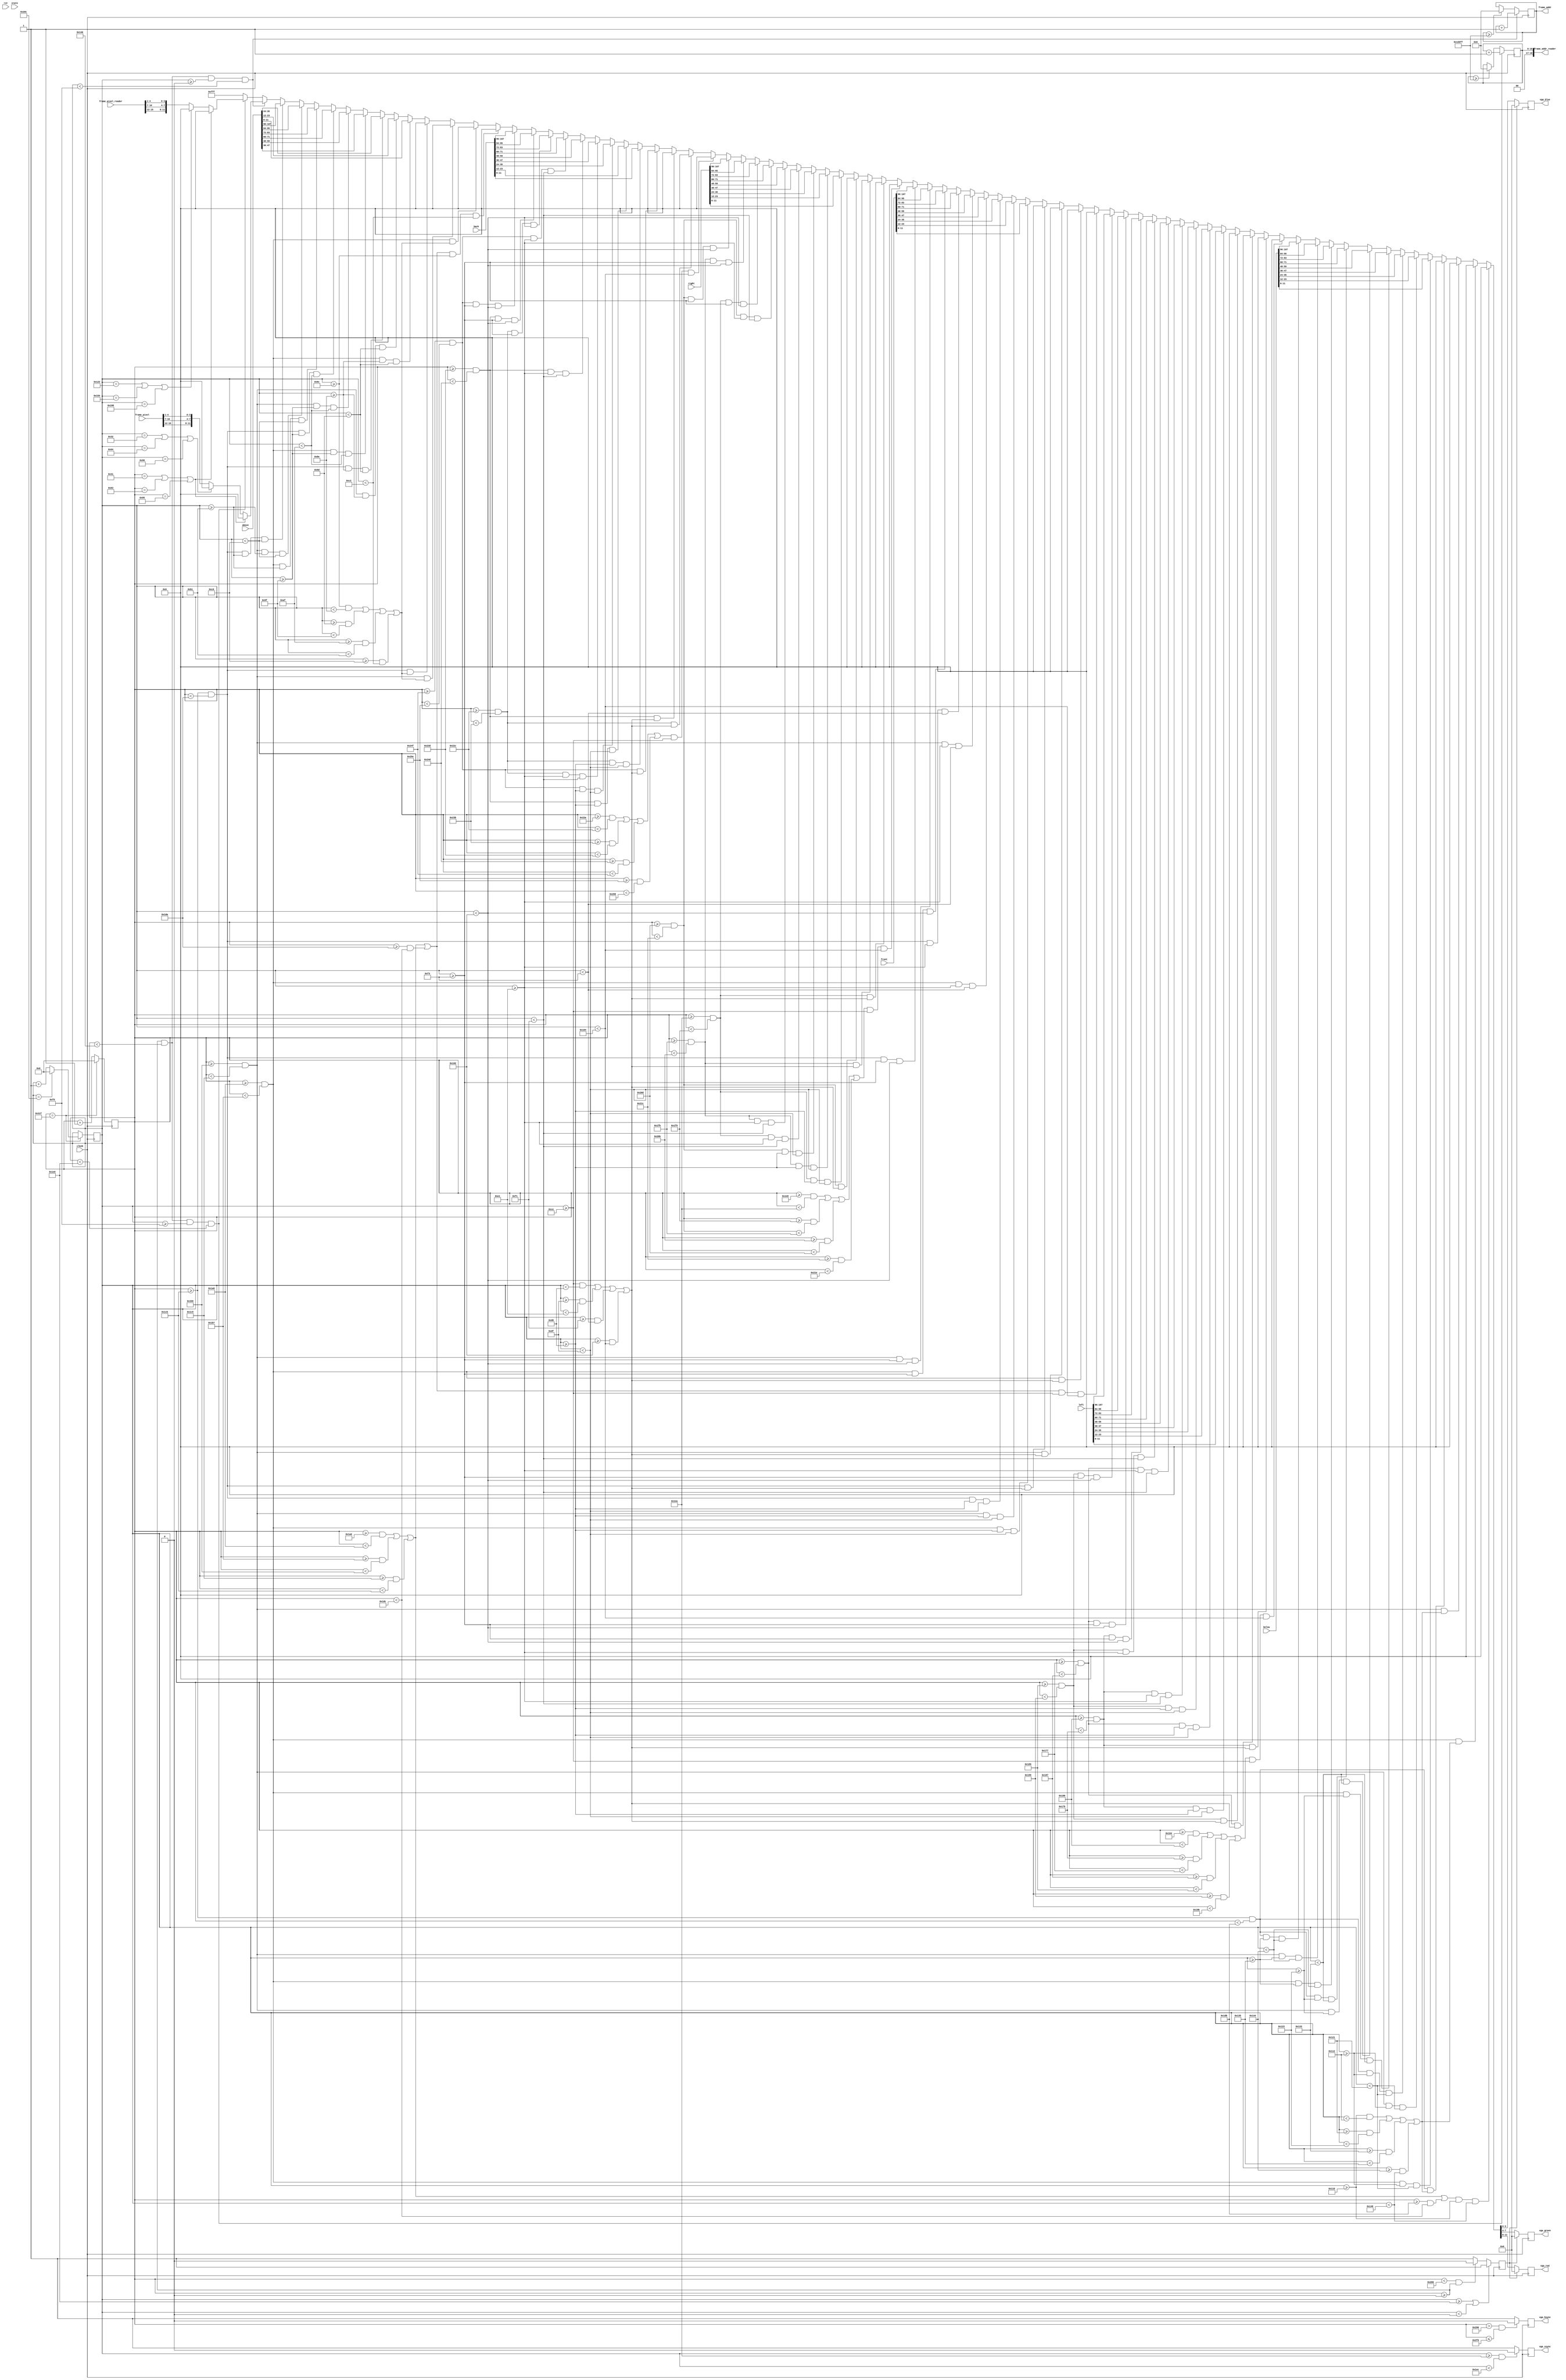
`timescale 1ns / 1ps
 /* 
    Copyright (C) 2018 Tongtong, github IdlessChaya

    This program is free software; you can redistribute it and/or modify
    it under the terms of the GNU General Public License as published by
    the Free Software Foundation; either version 2 of the License, or
    (at your option) any later version.

    This program is distributed in the hope that it will be useful,
    but WITHOUT ANY WARRANTY; without even the implied warranty of
    MERCHANTABILITY or FITNESS FOR A PARTICULAR PURPOSE.  See the
    GNU General Public License for more details.

    You should have received a copy of the GNU General Public License along
    with this program; if not, write to the Free Software Foundation, Inc.,
    51 Franklin Street, Fifth Floor, Boston, MA 02110-1301 USA.
*/

module vga_cube(
input clk25,
input rst,
input [107:0]front,
input [107:0]left,
input [107:0]right,
input [107:0]back,
input [107:0]above,
input [107:0]below,
input [4:0] state,
output reg[3:0] vga_red,
output reg[3:0] vga_green,
output reg[3:0] vga_blue,
output reg vga_hsync,
output reg vga_vsync,
output [16:0] frame_addr,
input [15:0] frame_pixel,
output[18:0] frame_addr_reader,
input[15:0] frame_pixel_reader
    );
    //Timing constants
    localparam pixel_dis = 50;
      parameter hRez   = 640;
      parameter hStartSync   = 640+16;
      parameter hEndSync     = 640+16+96;
      parameter hMaxCount    = 640+16+96+48;
    
      parameter vRez         = 480;
      parameter vStartSync   = 480+10;
      parameter vEndSync     = 480+10+2;
      parameter vMaxCount    = 480+10+2+33;
    
    parameter hsync_active   =0;
    parameter vsync_active  = 0;
    reg[9:0] hCounter;
    reg[9:0] vCounter;  
    reg [10:0]i;
    reg [10:0]j;
    reg [10:0]a;  
    reg blank;
    reg [255:0]mo;
    reg [255:0]fang;
    reg [255:0]fu;
    reg [255:0]yuan;
    reg [255:0]jiao;
    reg [255:0]xue;
    reg [255:0]xi;
    reg [255:0]tong;
    reg [255:0]lian;
    reg [255:0]xu;
    reg [255:0]bu;
    reg [255:0]jin;
    reg [255:0]xian;
    reg [255:0]shi;
   initial   hCounter = 10'b0;
   initial   vCounter = 10'b0;  
   initial   blank = 1'b1;    
   initial   mo   = 256'H0084_3FFE_2220_3FFC_2630_2B6E_32A4_2FF8_2888_2FF8_2888_2FF8_4940_4252_8C42_303E;
   initial   fang = 256'h0400_0300_0100_0004_FFFE_0400_0410_07F8_0410_0410_0410_0810_0810_1010_20A0_4040;
   initial   fu   = 256'h1008_1FFC_2000_2FF0_4810_8ff0_0810_0ff0_0400_0ff0_0c20_1240_2180_4240_0430_380E;
   initial   yuan = 256'h0008_3FFC_2100_2100_2208_2ffc_2808_2FF8_2808_2FF8_2080_2490_4488_4884_9284_0100;
   initial   jiao = 256'h0840_0840_7F40_0944_0A7E_FF88_0808_1F48_2250_CC50_0820_0E50_7850_0888_290E_1204;
   initial   xue  = 256'h2208_1108_1110_0020_7FFE_4002_8004_1FE0_0040_0184_FFFE_0100_0100_0100_0500_0200;
   initial   xi   = 256'h0038_7FC0_0400_0410_0820_3FC0_0100_0220_0410_3FF8_0108_0920_0910_1108_2508_0200;
   initial   tong = 256'h1080_1040_2048_27FC_4880_F910_1208_27FC_4142_F920_4120_0120_1A22_E222_441E_0800;
   initial   lian = 256'h0080_4088_2FFC_2100_0140_0250_E7F8_2040_2040_2048_2FFC_2040_2040_5046_8FFC_0000;
   initial   xu   = 256'h1040_1050_23F8_2040_4840_FFFC_1124_20A8_4220_F924_07FE_0040_1C60_E090_410C_0204;
   initial   bu   = 256'h0100_0900_0910_09F8_0900_0904_FFFE_0100_0910_0D18_1120_2120_00C0_0300_0C00_7000;
   initial   jin  = 256'h0220_4220_2228_2FFC_0220_0220_E220_2228_2FFC_2220_2220_2220_2420_5026_8FFC_0000;
   initial   xian = 256'h0010_1FF9_1010_1010_1FF0_1010_1010_1FF0_1450_4444_344C_1450_0440_0444_FFFE_0000;
   initial   shi  = 256'h0010_3FF8_0000_0000_0000_0004_FFFE_0100_0100_0920_1918_210C_4104_0100_0500_0200;
   parameter C_WHITE =  12'b111111111111;
   parameter C_BLACK =  12'b000000000000;
   parameter C_GREY = 12'b011101110111;
   parameter U = 128'h0810_0810_0810_0810_0810_0810_0420_03c0;
   parameter U1 = 128'h0850_0870_0850_0850_0850_0850_0490_0338;
   parameter U2 = 128'h10f0_1088_1088_1090_10a0_10c0_0940_0678;
   parameter F = 128'h07e0_0400_0400_07e0_0400_0400_0400_0400;
   parameter F1 = 128'h0F90_0830_0810_0f90_0810_0810_0810_0838;
   parameter F2 = 128'h1f70_1008_1008_1f10_1020_1040_1040_1078;
   parameter R = 128'h07c0_0420_0420_07c0_0500_0480_0440_0420;
   parameter R1 = 128'h0F90_0870_0850_0850_0f90_0910_0890_0878;
   parameter R2 = 128'h1f70_1088_1088_1f10_1420_1240_1140_10f8;
   parameter L = 128'h0400_0400_0400_0400_0400_0400_0400_07e0;
   parameter L1 = 128'h0810_0830_0810_0810_0810_0810_0810_0fb8;
   parameter L2 = 128'h1070_1008_1008_1010_1020_1040_1040_1f78;
   parameter B = 128'h07c0_0420_0420_07c0_0420_0420_0420_07c0;
   parameter B1 = 128'h0f10_08b0_0890_0f10_0890_0890_0890_0f38;
   parameter B2 = 128'h1e70_1108_1108_1e10_1120_1140_1140_1e78;
   parameter D = 128'h0780_0440_0420_0420_0420_0420_0440_0780;
   parameter D1 = 128'h0f10_08b0_0850_0850_0850_0850_0890_0f38;
   parameter D2 = 128'h1e70_1108_1088_1090_10a0_10c0_1140_1e78;
   reg [11:0] colour;
  always@(*)
  begin
  //liti_front
  //below_side
      if(((hCounter>=422&&hCounter<424)||(hCounter>=439&&hCounter<441)||(hCounter>=457&&hCounter<459)||(hCounter>=475&&hCounter<476))&&vCounter>=272&&vCounter<326)
        colour<=C_BLACK;
      else if(hCounter>=424&&hCounter<439&&((vCounter>=272&&vCounter<274)||(vCounter>=289&&vCounter<291)||(vCounter>=307&&vCounter<309)||(vCounter>=324&&vCounter<326)))
        colour<=C_BLACK;
      else if(hCounter>=441&&hCounter<457&&((vCounter>=272&&vCounter<274)||(vCounter>=289&&vCounter<291)||(vCounter>=307&&vCounter<309)||(vCounter>=324&&vCounter<326)))
        colour<=C_BLACK;
      else if(hCounter>=459&&hCounter<475&&((vCounter>=272&&vCounter<274)||(vCounter>=289&&vCounter<291)||(vCounter>=307&&vCounter<309)||(vCounter>=324&&vCounter<326)))
        colour<=C_BLACK;
      else if(hCounter>=424&&hCounter<439&&vCounter>=274&&vCounter<289)
        colour<=below[11:0];
      else if(hCounter>=441&&hCounter<457&&vCounter>=274&&vCounter<289)
        colour<=below[23:12];
      else if(hCounter>=459&&hCounter<475&&vCounter>=274&&vCounter<289)
        colour<=below[35:24];
      else if(hCounter>=424&&hCounter<439&&vCounter>=291&&vCounter<307)
        colour<=below[47:36];
      else if(hCounter>=441&&hCounter<457&&vCounter>=291&&vCounter<307)
        colour<=below[59:48];
      else if(hCounter>=459&&hCounter<475&&vCounter>=291&&vCounter<307)
        colour<=below[71:60];
      else if(hCounter>=424&&hCounter<439&&vCounter>=309&&vCounter<324)
        colour<=below[83:72];
      else if(hCounter>=441&&hCounter<457&&vCounter>=309&&vCounter<324)
        colour<=below[95:84];
      else if(hCounter>=459&&hCounter<475&&vCounter>=309&&vCounter<324)
        colour<=below[107:96]; 
  //left_side
    else if(((hCounter>=356&&hCounter<358)||(hCounter>=373&&hCounter<375)||(hCounter>=391&&hCounter<393)||(hCounter>=409&&hCounter<411))&&vCounter>=206&&vCounter<260)
      colour<=C_BLACK;
    else if(hCounter>=358&&hCounter<373&&((vCounter>=206&&vCounter<208)||(vCounter>=223&&vCounter<225)||(vCounter>=241&&vCounter<243)||(vCounter>=258&&vCounter<260)))
      colour<=C_BLACK;
    else if(hCounter>=375&&hCounter<391&&((vCounter>=206&&vCounter<208)||(vCounter>=223&&vCounter<225)||(vCounter>=241&&vCounter<243)||(vCounter>=258&&vCounter<260)))
      colour<=C_BLACK;
    else if(hCounter>=393&&hCounter<409&&((vCounter>=206&&vCounter<208)||(vCounter>=223&&vCounter<225)||(vCounter>=241&&vCounter<243)||(vCounter>=258&&vCounter<260)))
      colour<=C_BLACK;
    else if(hCounter>=358&&hCounter<373&&vCounter>=208&&vCounter<223)
      colour<=left[11:0];
    else if(hCounter>=375&&hCounter<391&&vCounter>=208&&vCounter<223)
      colour<=left[23:12];
    else if(hCounter>=393&&hCounter<409&&vCounter>=208&&vCounter<223)
      colour<=left[35:24];
    else if(hCounter>=358&&hCounter<373&&vCounter>=225&&vCounter<241)
      colour<=left[47:36];
    else if(hCounter>=375&&hCounter<391&&vCounter>=225&&vCounter<241)
      colour<=left[59:48];
    else if(hCounter>=393&&hCounter<409&&vCounter>=225&&vCounter<241)
      colour<=left[71:60];
    else if(hCounter>=358&&hCounter<373&&vCounter>=243&&vCounter<258)
      colour<=left[83:72];
    else if(hCounter>=375&&hCounter<391&&vCounter>=243&&vCounter<258)
      colour<=left[95:84];
    else if(hCounter>=393&&hCounter<409&&vCounter>=243&&vCounter<258)
      colour<=left[107:96];
//front_side
    else if(((hCounter>=422&&hCounter<424)||(hCounter>=439&&hCounter<441)||(hCounter>=457&&hCounter<459)||(hCounter>=474&&hCounter<476))&&vCounter>=206&&vCounter<260)
      colour<=C_BLACK;
    else if(hCounter>=424&&hCounter<439&&((vCounter>=206&&vCounter<208)||(vCounter>=223&&vCounter<225)||(vCounter>=241&&vCounter<243)||(vCounter>=258&&vCounter<260)))
      colour<=C_BLACK;
    else if(hCounter>=441&&hCounter<457&&((vCounter>=206&&vCounter<208)||(vCounter>=223&&vCounter<225)||(vCounter>=241&&vCounter<243)||(vCounter>=258&&vCounter<260)))
      colour<=C_BLACK;
    else if(hCounter>=459&&hCounter<474&&((vCounter>=206&&vCounter<208)||(vCounter>=223&&vCounter<225)||(vCounter>=241&&vCounter<243)||(vCounter>=258&&vCounter<260)))
      colour<=C_BLACK;
    else if(hCounter>=424&&hCounter<439&&vCounter>=208&&vCounter<223)
      colour<=front[11:0];
    else if(hCounter>=441&&hCounter<457&&vCounter>=208&&vCounter<223)
      colour<=front[23:12];
    else if(hCounter>=459&&hCounter<474&&vCounter>=208&&vCounter<223)
      colour<=front[35:24];
    else if(hCounter>=424&&hCounter<439&&vCounter>=225&&vCounter<243)
      colour<=front[47:36];
    else if(hCounter>=441&&hCounter<457&&vCounter>=225&&vCounter<243)
      colour<=front[59:48];
    else if(hCounter>=459&&hCounter<474&&vCounter>=225&&vCounter<243)
      colour<=front[71:60];
    else if(hCounter>=424&&hCounter<439&&vCounter>=243&&vCounter<258)
      colour<=front[83:72];
    else if(hCounter>=441&&hCounter<457&&vCounter>=243&&vCounter<258)
      colour<=front[95:84];
    else if(hCounter>=459&&hCounter<474&&vCounter>=243&&vCounter<258)
      colour<=front[107:96]; 
//right_side
    else if(((hCounter>=488&&hCounter<490)||(hCounter>=505&&hCounter<507)||(hCounter>=523&&hCounter<525)||(hCounter>=540&&hCounter<542))&&vCounter>=206&&vCounter<260)
      colour<=C_BLACK;
    else if(hCounter>=490&&hCounter<505&&((vCounter>=206&&vCounter<208)||(vCounter>=223&&vCounter<225)||(vCounter>=241&&vCounter<243)||(vCounter>=258&&vCounter<260)))
      colour<=C_BLACK;
    else if(hCounter>=507&&hCounter<523&&((vCounter>=206&&vCounter<208)||(vCounter>=223&&vCounter<225)||(vCounter>=241&&vCounter<243)||(vCounter>=258&&vCounter<260)))
      colour<=C_BLACK;
    else if(hCounter>=525&&hCounter<540&&((vCounter>=206&&vCounter<208)||(vCounter>=223&&vCounter<225)||(vCounter>=241&&vCounter<243)||(vCounter>=258&&vCounter<260)))
      colour<=C_BLACK;
    else if(hCounter>=490&&hCounter<505&&vCounter>=208&&vCounter<223)
      colour<=right[11:0];
    else if(hCounter>=507&&hCounter<523&&vCounter>=208&&vCounter<223)
      colour<=right[23:12];
    else if(hCounter>=525&&hCounter<540&&vCounter>=208&&vCounter<223)
      colour<=right[35:24];
    else if(hCounter>=490&&hCounter<505&&vCounter>=225&&vCounter<241)
      colour<=right[47:36];
    else if(hCounter>=507&&hCounter<523&&vCounter>=225&&vCounter<241)
      colour<=right[59:48];
    else if(hCounter>=525&&hCounter<540&&vCounter>=225&&vCounter<241)
      colour<=right[71:60];
    else if(hCounter>=490&&hCounter<505&&vCounter>=243&&vCounter<258)
      colour<=right[83:72];
    else if(hCounter>=507&&hCounter<523&&vCounter>=243&&vCounter<258)
      colour<=right[95:84];
    else if(hCounter>=525&&hCounter<540&&vCounter>=243&&vCounter<258)
      colour<=right[107:96];
//back_side
    else if(((hCounter>=554&&hCounter<556)||(hCounter>=571&&hCounter<573)||(hCounter>=589&&hCounter<591)||(hCounter>=606&&hCounter<608))&&vCounter>=206&&vCounter<260)
      colour<=C_BLACK;
    else if(hCounter>=556&&hCounter<571&&((vCounter>=206&&vCounter<208)||(vCounter>=223&&vCounter<225)||(vCounter>=241&&vCounter<243)||(vCounter>=258&&vCounter<260)))
      colour<=C_BLACK;
    else if(hCounter>=573&&hCounter<589&&((vCounter>=206&&vCounter<208)||(vCounter>=223&&vCounter<225)||(vCounter>=241&&vCounter<243)||(vCounter>=258&&vCounter<260)))
      colour<=C_BLACK;
    else if(hCounter>=591&&hCounter<606&&((vCounter>=206&&vCounter<208)||(vCounter>=223&&vCounter<225)||(vCounter>=241&&vCounter<243)||(vCounter>=258&&vCounter<260)))
      colour<=C_BLACK;
    else if(hCounter>=556&&hCounter<571&&vCounter>=208&&vCounter<223)
      colour<=back[11:0];
    else if(hCounter>=573&&hCounter<589&&vCounter>=208&&vCounter<223)
      colour<=back[23:12];
    else if(hCounter>=591&&hCounter<606&&vCounter>=208&&vCounter<223)
      colour<=back[35:24];
    else if(hCounter>=556&&hCounter<571&&vCounter>=225&&vCounter<241)
      colour<=back[47:36];
    else if(hCounter>=573&&hCounter<589&&vCounter>=225&&vCounter<241)
      colour<=back[59:48];
    else if(hCounter>=591&&hCounter<606&&vCounter>=225&&vCounter<241)
      colour<=back[71:60];
    else if(hCounter>=556&&hCounter<571&&vCounter>=243&&vCounter<258)
      colour<=back[83:72];
    else if(hCounter>=573&&hCounter<589&&vCounter>=243&&vCounter<258)
      colour<=back[95:84];
    else if(hCounter>=591&&hCounter<606&&vCounter>=243&&vCounter<258)
      colour<=back[107:96];
//above_side
    else if(((hCounter>=422&&hCounter<424)||(hCounter>=439&&hCounter<441)||(hCounter>=457&&hCounter<459)||(hCounter>=474&&hCounter<476))&&vCounter>=140&&vCounter<194)
      colour<=C_BLACK;
    else if(hCounter>=424&&hCounter<439&&((vCounter>=140&&vCounter<142)||(vCounter>=157&&vCounter<159)||(vCounter>=175&&vCounter<177)||(vCounter>=192&&vCounter<194)))
      colour<=C_BLACK;
    else if(hCounter>=441&&hCounter<457&&((vCounter>=140&&vCounter<142)||(vCounter>=157&&vCounter<159)||(vCounter>=175&&vCounter<177)||(vCounter>=192&&vCounter<194)))
      colour<=C_BLACK;
    else if(hCounter>=459&&hCounter<474&&((vCounter>=140&&vCounter<142)||(vCounter>=157&&vCounter<159)||(vCounter>=175&&vCounter<177)||(vCounter>=192&&vCounter<194)))
      colour<=C_BLACK;
    else if(hCounter>=424&&hCounter<439&&vCounter>=142&&vCounter<157)
      colour<=above[11:0];
    else if(hCounter>=441&&hCounter<457&&vCounter>=142&&vCounter<157)
      colour<=above[23:12];
    else if(hCounter>=459&&hCounter<474&&vCounter>=142&&vCounter<157)
      colour<=above[35:24];
    else if(hCounter>=424&&hCounter<439&&vCounter>=159&&vCounter<175)
      colour<=above[47:36];
    else if(hCounter>=441&&hCounter<457&&vCounter>=159&&vCounter<175)
      colour<=above[59:48];
    else if(hCounter>=459&&hCounter<474&&vCounter>=159&&vCounter<175)
      colour<=above[71:60];
    else if(hCounter>=424&&hCounter<439&&vCounter>=177&&vCounter<192)
      colour<=above[83:72];
    else if(hCounter>=441&&hCounter<457&&vCounter>=177&&vCounter<192)
      colour<=above[95:84];
    else if(hCounter>=459&&hCounter<474&&vCounter>=177&&vCounter<192)
      colour<=above[107:96]; 
    else if(hCounter>=0&&hCounter<320&&vCounter>=0&&vCounter<240) begin
        if(hCounter == pixel_dis-1 ||hCounter ==  2*pixel_dis-1||hCounter == 3*pixel_dis-1) begin
            colour <= C_BLACK;
        end else if(vCounter == pixel_dis ||vCounter == 2*pixel_dis||vCounter == 3*pixel_dis) begin
            colour <= C_BLACK;
        end else begin
            colour <= {frame_pixel[15:12],frame_pixel[10:7],frame_pixel[4:1]};
        end
    end
    else if(hCounter>=0&&hCounter<320&&vCounter>=240&&vCounter<480) begin
        if(hCounter == pixel_dis-1 ||hCounter ==  2*pixel_dis-1||hCounter == 3*pixel_dis-1) begin
            colour <= C_BLACK;
        end else if(vCounter == 240+pixel_dis ||vCounter ==  240+2*pixel_dis||vCounter == 240+3*pixel_dis) begin
            colour <= C_BLACK;
        end else begin
            colour <= {frame_pixel_reader[15:12],frame_pixel_reader[10:7],frame_pixel_reader[4:1]};
        end
    end
    else
      colour<=C_WHITE;
  end


parameter address_max = 320 * 240;
reg[16:0] address;
assign frame_addr = address;
always @ (posedge clk25) begin
    if(hCounter>=0&&hCounter<320&&vCounter>=0&&vCounter<240)
        address <= address + 1;
    else if(address >= address_max-1)
        address <= 0;
end

parameter address2_max = 320 * 240;
reg[16:0] address2;
assign frame_addr_reader = {2'b0,address2};
always @ (posedge clk25) begin
    if(hCounter>=0&&hCounter<320&&vCounter>=240&&vCounter<480)
        address2 <= address2 + 1;
    else if(address2 >= address2_max-1)
        address2 <= 0;
end



 
   always@(posedge clk25)
   begin
            if( hCounter == hMaxCount-1 )begin//
   				hCounter <=  10'b0;
   				if (vCounter == vMaxCount-1 )//
   					vCounter <=  10'b0;
   				else
   					vCounter <= vCounter+1;//
   				end
   			else
   				hCounter <= hCounter+1;//
   
   			if (blank ==0) begin          //blank ==0 blank ==1
   				vga_red   <= colour[11:8];
   				vga_green <= colour[7:4];
   				vga_blue  <= colour[3:0];
   				end
   			else begin//blank==1
   				vga_red   <= 4'b0;
   				vga_green <= 4'b0;
   				vga_blue  <= 4'b0;
   			     end;
   	
   			if(  vCounter  >= 480 || vCounter  < 0) begin    //480
   				blank <= 1;
   				end
   			else begin
   				if ( hCounter  < 640 && hCounter  >= 0) begin  //0639
   					blank <= 0;
   					end
   				else
   					blank <= 1;
   				end;
   	
   			// Are we in the hSync pulse? (one has been added to include frame_buffer_latency)
   			//parameter hStartSync   = 640+16;
            //parameter hEndSync     = 640+16+96;
            //96
   			if( hCounter > hStartSync && hCounter <= hEndSync)
   				vga_hsync <= hsync_active;
   			else
   				vga_hsync <= ~ hsync_active;
   			
   
   			// Are we in the vSync pulse?
   			//parameter vStartSync   = 480+10;
            //parameter vEndSync     = 480+10+2;
            //2
   			if( vCounter >= vStartSync && vCounter < vEndSync )
   				vga_vsync <= vsync_active;
   			else
   				vga_vsync <= ~ vsync_active;
   end 
endmodule